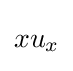
{\begin{aligned}xu_{x}\end{aligned}}